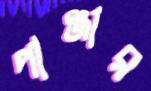
পাঞ্জার